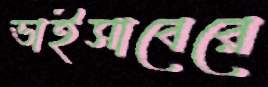
ভাইসাবেরে